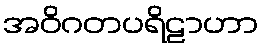
အဝိဂတပရိဠာဟာ